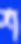
শ